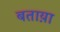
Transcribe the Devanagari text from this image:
बताय़ा